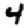
Digit: 4